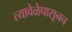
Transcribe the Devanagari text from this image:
त्यावेळेपासूनच